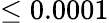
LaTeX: \leq 0.0001